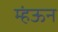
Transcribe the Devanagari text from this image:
म्हंऊन